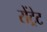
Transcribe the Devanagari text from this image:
सेंट्रेट